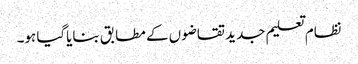
نظام تعلیم جدید تقاضوں کے مطابق بنایاگیا ہو۔